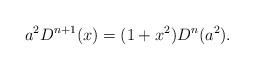
LaTeX: \begin{align*} a^2 D^{n+1}(x) = (1+x^2) D^n(a^2).\end{align*}